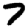
Digit: 7